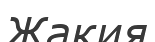
Жакия